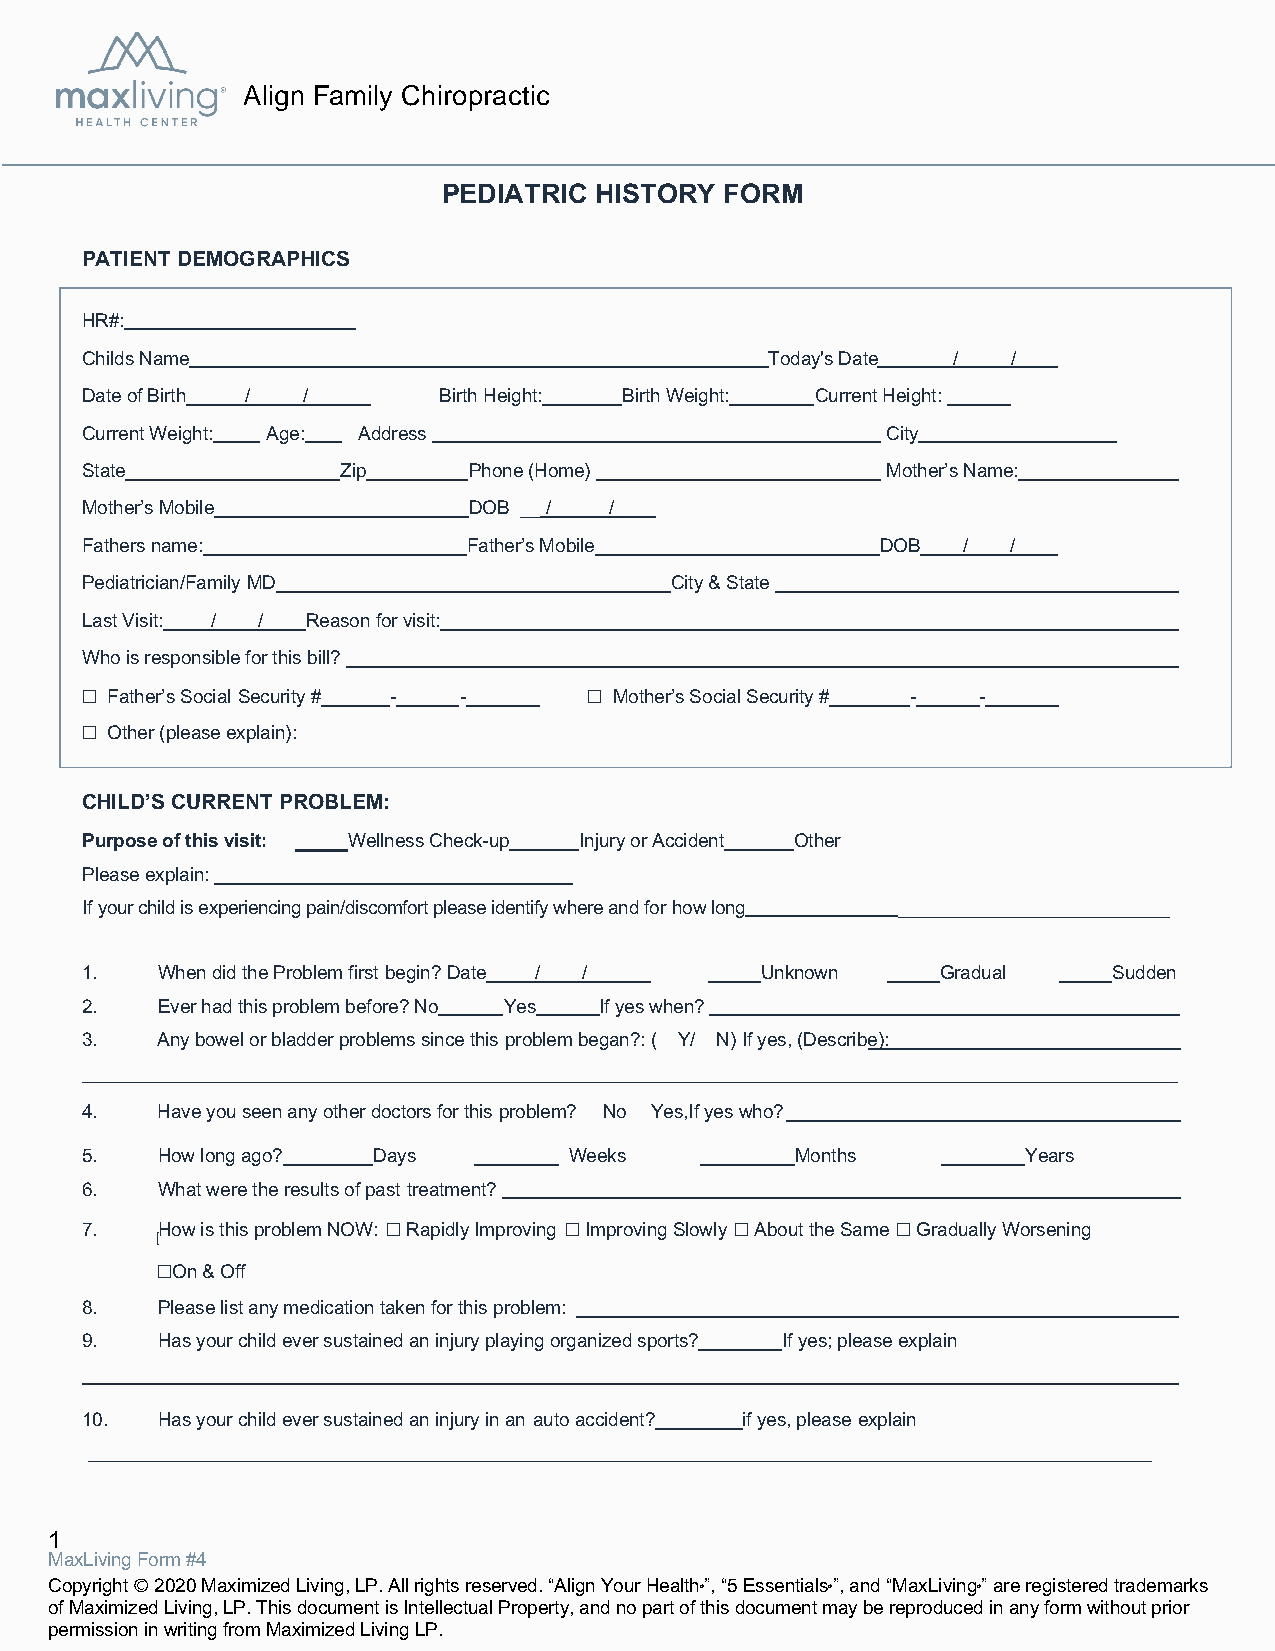
Align Family Chiropractic
 PEDIATRIC HISTORY  FORM
 PATIENT DEMOGRAPHICS
 HR#:
 Childs Name                                   Today's Date /  /
 Date of Birth / /       Birth Height: Birth Weight: Current Height:
 Current Weight: Age: Address                          City
 State             Zip     Phone (Home)                Mother’s Name:
 Mother’s Mobile           DOB __ / /
 Fathers name:             Father’s Mobile            DOB   /  /
 Pediatrician/Family MD                 City & State
 Last Visit: / / Reason for visit:
 Who is responsible for this bill?
 ☐ Father’s Social Security # - -  ☐ Mother’s Social Security # - -
 ☐ Other (please explain):
 CHILD’S CURRENT PROBLEM:
 Purpose of this visit: Wellness Check-up Injury or Accident Other
 Please explain:
 If your child is experiencing pain/discomfort please identify where and for how long __________________________
 1.   When did the Problem first begin? Date / / Unknown  Gradual     Sudden
 2.   Ever had this problem before? No Yes If yes when?
 3.   Any bowel or bladder problems since this problem began?: ( Y/ N) If yes, (Describe):
 4.   Have you seen any other doctors for this problem? No Yes,If yes who?
 5.   How long ago?  Days         Weeks          Months         Years
 6.   What were the results of past treatment?
 7.   ☐ How is this problem NOW: ☐ Rapidly Improving ☐ Improving Slowly ☐ About the Same ☐ Gradually Worsening
 ☐On & Off
 8.   Please list any medication taken for this problem:
 9.   Has your child ever sustained an injury playing organized sports? If yes; please explain
 10.  Has your child ever sustained an injury in an auto accident? if yes, please explain
 1
 MaxLiving Form #4
 Copyright Ⓒ 2020 Maximized Living, LP. All rights reserved. “Align Your Health Ⓡ”, “5 Essentials Ⓡ”, and “MaxLiving Ⓡ” are registered trademarks
 of Maximized Living, LP. This document is Intellectual Property, and no part of this document may be reproduced in any form without prior
 permission in writing from Maximized Living LP.